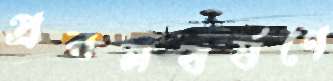
প্রবলবর্ষণে